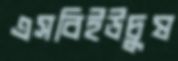
এসবিইউচুষ